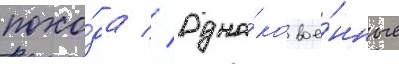
похо́да // Одна́ко вое́нные